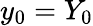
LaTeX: y_{0}=Y_{0}